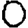
Digit: 0